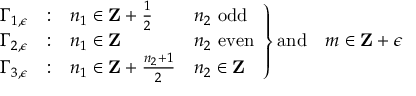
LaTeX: \left. \begin{array} { c c l l } { { \Gamma _ { 1 , \epsilon } } } & { { : } } & { { n _ { 1 } \in { \bf Z } + { \frac { 1 } { 2 } } } } & { { n _ { 2 } \ \mathrm { o d d } } } \\ { { \Gamma _ { 2 , \epsilon } } } & { { : } } & { { n _ { 1 } \in { \bf Z } } } & { { n _ { 2 } \ \mathrm { e v e n } } } \\ { { \Gamma _ { 3 , \epsilon } } } & { { : } } & { { n _ { 1 } \in { \bf Z } + { \frac { n _ { 2 } + 1 } { 2 } } } } & { { n _ { 2 } \in { \bf Z } } } \end{array} \right\} \mathrm { a n d } \quad m \in { \bf Z } + \epsilon